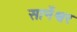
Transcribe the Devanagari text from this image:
सार्नेश्वर